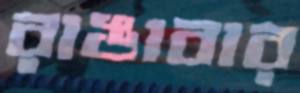
রাঙাবার